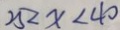
2 5 < x < 4 0